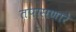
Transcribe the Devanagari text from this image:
तपासणारे